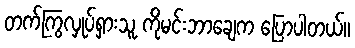
တက်ကြွလှုပ်ရှားသူ ကိုမင်းဘာချေက ပြောပါတယ်။